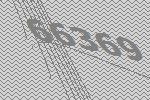
66369